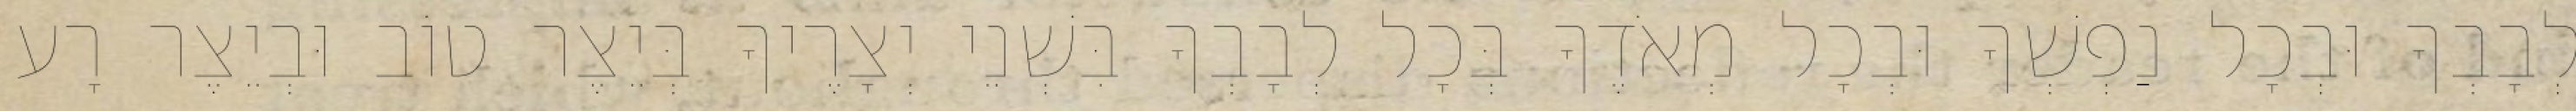
לְבָבְךָ וּבְכָל נַפְשְׁךָ וּבְכָל מְאֹדֶךָ בְּכָל לְבָבְךָ בִּשְׁנֵי יְצָרֶיךָ בְּיֵצֶר טוֹב וּבְיֵצֶר רָע